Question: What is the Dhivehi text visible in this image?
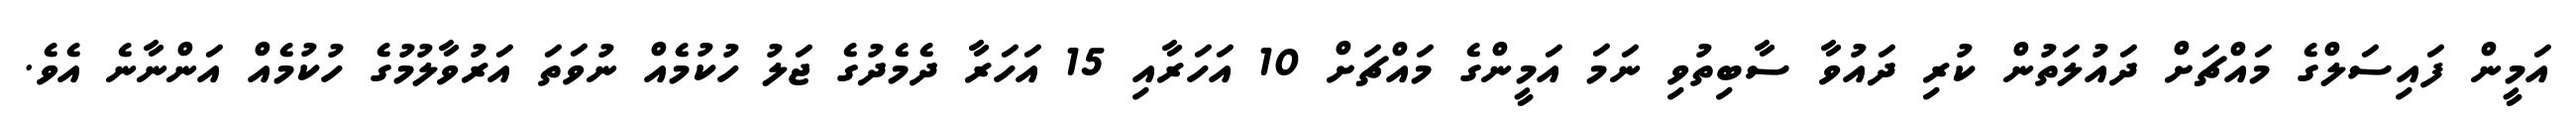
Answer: އަމީން ފައިސަލްގެ މައްޗަށް ދައުލަތުން ކުރި ދައުވާ ސާބިތުވި ނަމަ އަމީންގެ މައްޗަށް 10 އަހަރާއި 15 އަހަރާ ދެމެދުގެ ޖަލު ހުކުމެއް ނުވަތަ އަރުވާލުމުގެ ހުކުމެއް އަންނާނެ އެވެ.